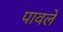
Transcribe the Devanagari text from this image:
पावलें